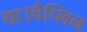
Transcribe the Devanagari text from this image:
था।चैप्लिन